Kambja_algkool, lk 69
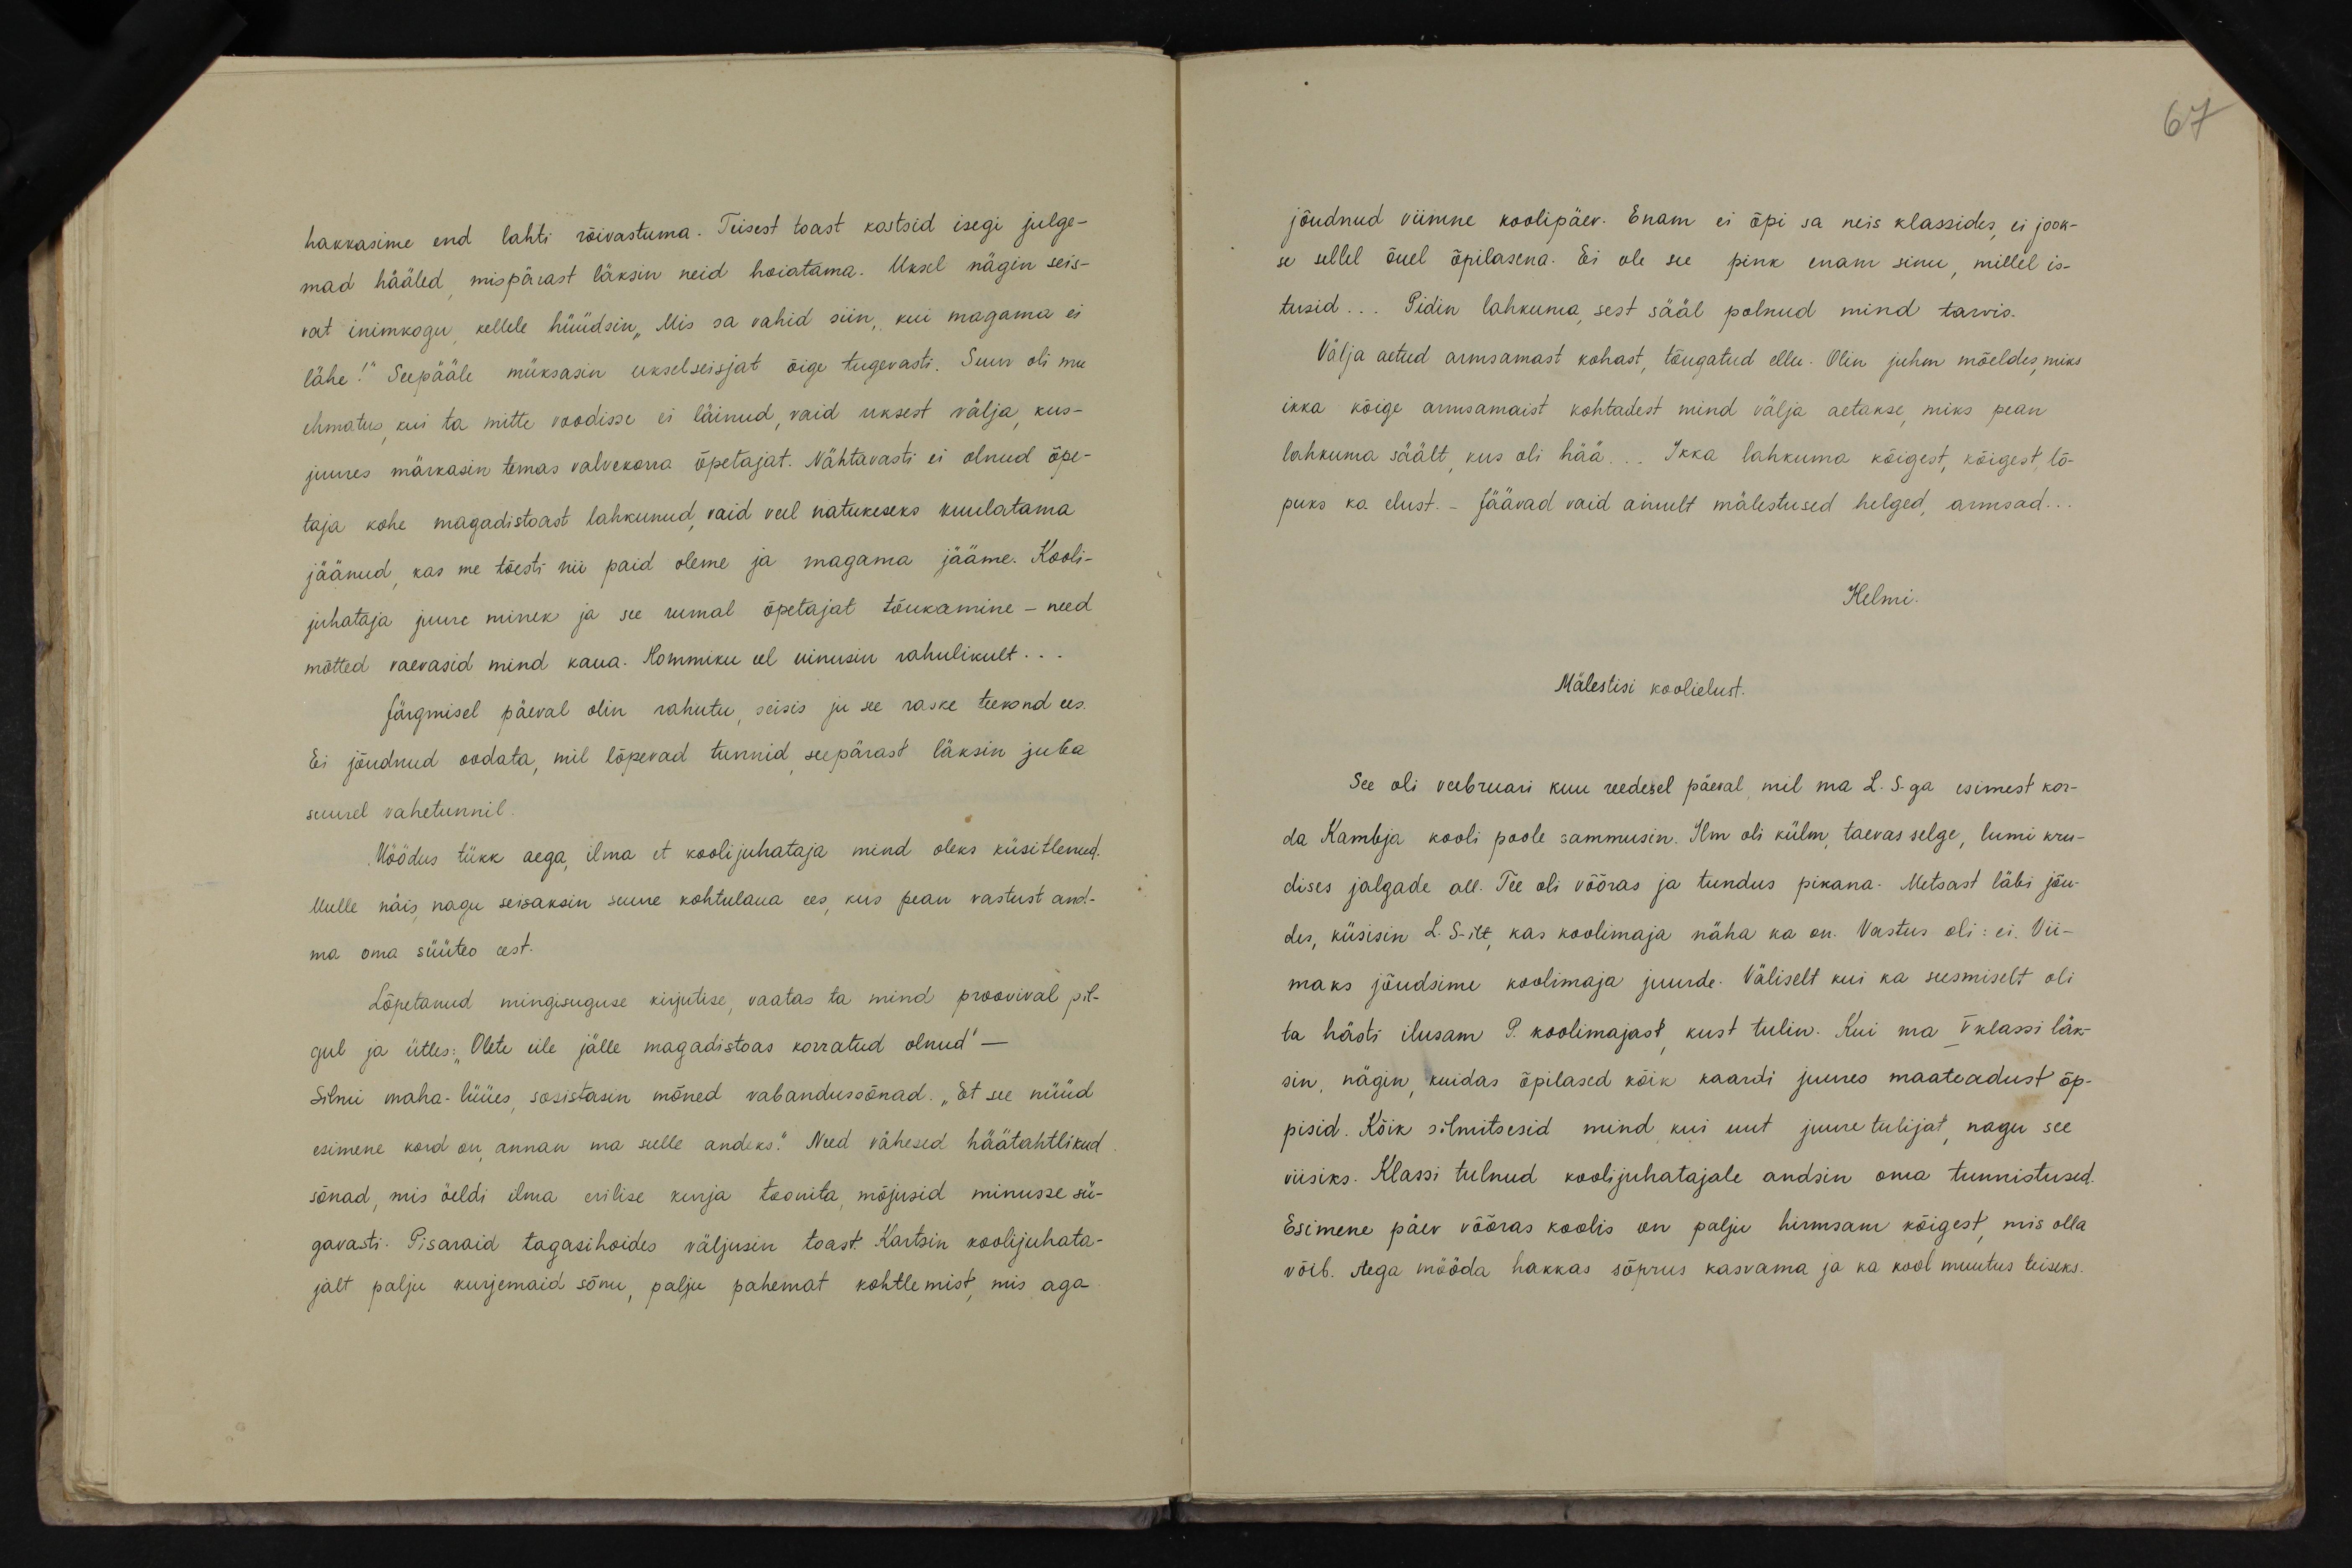
67

hakkasime end lahti rõivastuma. Teisest toast kastsid isegi julge-
mad hääled, mispärast läksin neid hoiatama. Uksel nägin seis-
vat inimkogu, kellele hüüdsin "Mis sa vahid siin, kui magama ei
lähe!" Seepääle müksasin ukselseisjat õige tugevasti. Suur oli mu
ehmatus kui ta mitte voodisse ei läinud, vaid uksest välja kus-
juures märkasin temas valvekorra õpetajat. Nähtavasti ei olnud õpe-
taja kohe magadistoast lahkunud, vaid veel natukeseks kuulatama
jäänud, kas me tõesti nii paid oleme ja magama jääme. Kooli-
juhataja juure minek ja see rumal õpetajat tõukamine - need
mõtted vaevasid mind kaua. Hommiku eel uinusin rahulikult...
Järgmisel päeval olin rahutu, seisis ju see raske teekond ees.
Ei jõudnud oodata, mil lõpevad tunnid, seepärast läksin juba
suurel vahetunnil.
Möödus tükk aega, ilma et koolijuhataja mind oleks küsitlenud.
Mulle näis, nagu seisaksin suure kohtulaua ees, kus pean vastust and-
ma oma süüteo eest.
Lõpetanud mingisuguse kirjutise, vaatas ta mind proovival pil-
gul ja ütles: "Olete eile jälle magadistoas korratud olnud" -
Silmi maha-lüües, sosistasin mõned vabandusõnad, "Et see nüüd
esimene kord on, annan ma selle andeks." Need vähesed häätahtlikud
sõnad, mis õeldi ilma erilise kurja toonita, mõjusid minusse sü-
gavasti. Pisaraid tagasihoides väljusin toast. Kartsin koolijuhata-
jalt palju kurjemaid sõnu, palju pahemat kohtlemist, mis aga

jõudnud viimne koolipäev. Enam ei õpi sa neis klassides ei jook-
se sellel õuel õpilasena. Ei ole see pink enam sinu, millel is-
tusid... Pidin lahkuma, sest sääl polnud mind tarvis.
Välja aetud armsamast kohast, tõugatud ellu. Olin juhm mõeldes, miks
ikka kõige armsamaist kohtadest mind välja aetakse, miks pean
lahkuma säält, kus oli hää... Ikka lahkuma kõigest, kõigest, lõ-
puks ka elust. Jäävad vaid ainult mälestused helged, armsad.
Helmi
Mälestisi koolielust.
See oli veebruari kuu reedesel päeval mil ma L. S-ga esimest kor-
da Kambja kooli poole sammusin. Ilm oli külm, taevas selge, lumi kru-
dises jalgade all. Tee oli võõras ja tundus pikana. Metsast läbi jõu-
des, küsisin L. S-ilt, kas koolimaja näha ka on. Vastus oli: ei. Vii-
maks jõudsime koolimaja juurde. Väliselt kui ka seesmiselt oli
ta hästi ilusam 9. koolimajast, kust tulin. Kui ma V klassi läk-
sin, nägin, kuidas õpilased kõik kaardi juures maateadust õp-
pisid. Kõik silmitsesid mind, kui uut juure tulijat, nagu see
viisiks. Klassi tulnud koolijuhatajale andsin oma tunnistused.
Esimene päev võõras koolis on palju hirmsam kõigest, mis olla
võib. Aega mööda hakkas sõprus kasvama ja ka kool muutus teiseks.